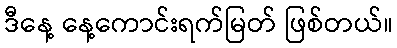
ဒီနေ့ နေ့ကောင်းရက်မြတ် ဖြစ်တယ်။